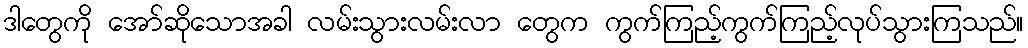
ဒါတွေကို အော်ဆိုသောအခါ လမ်းသွားလမ်းလာ တွေက ကွက်ကြည့်ကွက်ကြည့်လုပ်သွားကြသည်။